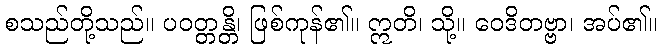
စသည်တို့သည်။ ပဝတ္တန္တိ၊ ဖြစ်ကုန်၏။ ဣတိ၊ သို့။ ဝေဒိတဗ္ဗာ၊ အပ်၏။